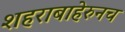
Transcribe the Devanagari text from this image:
शहराबाहेरुनच